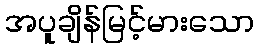
အပူချိန်မြင့်မားသော